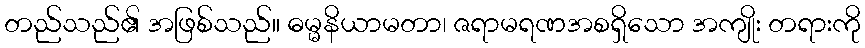
တည်သည်၏ အဖြစ်သည်။ ဓမ္မနိယာမတာ၊ ဇရာမရဏအစရှိသော အကျိုး တရားကို